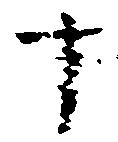
十